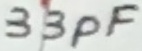
Text: 33pF